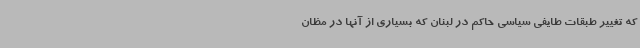
که تغییر طبقات طایفی سیاسی حاکم در لبنان که بسیاری از آنها در مظان